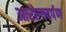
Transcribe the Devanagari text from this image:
आरोग्यदर्पण